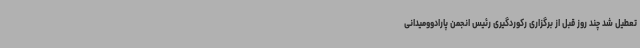
تعطیل شد چند روز قبل از برگزاری رکوردگیری رئیس انجمن پارادوومیدانی